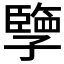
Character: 𪧂